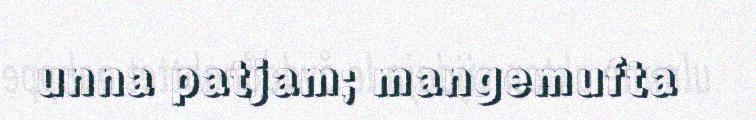
unna patjam; mangemufta